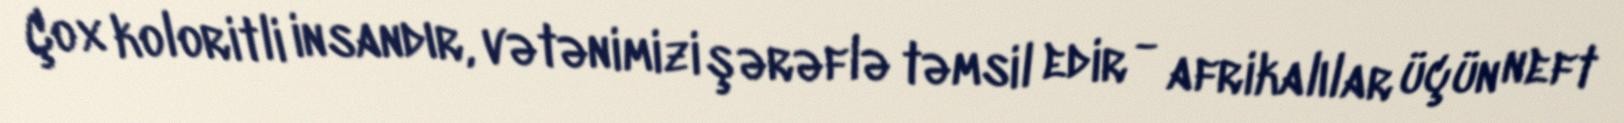
Çox koloritli insandır, vətənimizi şərəflə təmsil edir - afrikalılar üçün neft